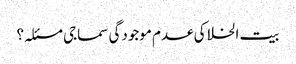
بیت الخلا کی عدم موجودگی سماجی مسئلہ؟